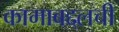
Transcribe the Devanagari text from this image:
कामाबद्दलची